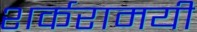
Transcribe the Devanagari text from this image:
शर्करामयी